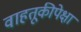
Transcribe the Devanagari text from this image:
वाहतूकीपेक्षा